Annual report on the health of the army in India
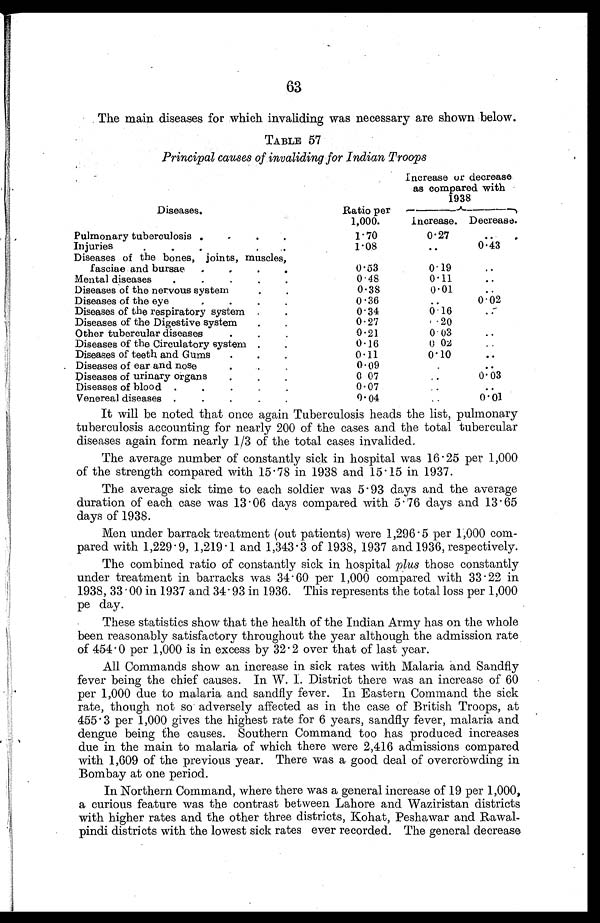
63
The main diseases for which invaliding was necessary are shown below.
TABLE 57
Principal causes of invaliding for Indian Troops
Increase or decrease
as compared with
1938
Diseases.
Ratio per
1,000.
Increase. Decrease.
Pulmonary tuberculosis .
.
.
.
1.70
0.27
. .
Injuries
.
.
.
.
.
.
1.08
. . 0.43
Diseases of the bones, joints, muscles,
fasciae and bursae .
.
.
.
0.53
0.19
. .
Mental diseases .
.
.
.
.
0.48
0.11
..
Diseases of the nervous system
.
.
0.38
0.01
. .
Diseases of the eye
.
.
.
.
0.36
..
0.02
Diseases of the respiratory system .
.
0.34
0.16
. .
Diseases of the Digestive system
.
.
0.27
. 2 0
Other tubercular disease
.
.
.
0 . 21
0.03
..
Diseases of the Circulatory system .
.
0.16
0 02 ..
Diseases of teeth and Gums
.
.
.
0.11
0.10
. .
Diseases of ear and nose
.
.
.
0.09
.
. .
Diseases of urinary organs
.
.
.
0 07
..
0.03
Diseases of blood .
.
. .
.
0.07
..
..
Venereal diseases.
.
.
. .
0.04
..
0.01
It will be noted that once again Tuberculosis heads the list, pulmonary
tuberculosis accounting for nearly 200 of the cases and the total tubercular
diseases again form nearly 1/3 of the total cases invalided.
The average number of constantly sick in hospital was 16 . 25 per 1,000
of the strength compared with 15.78 in 1938 and 15.15 in 1937.
The average sick time to each soldier was 5.93 days and the average
duration of each case was 13.06 days compared with 5.76 days and 13.65
days of 1938.
Men under barrack treatment (out patients) were 1,296.5 per 1,000 com-
pared with 1,229.9, 1,219.1 and 1,343.3 of 1938, 1937 and 1936, respectively.
The combined ratio of constantly sick in hospital plus those constantly
under treatment in barracks was 34.60 per 1,000 compared with 33.22 in
1938, 33.00 in 1937 and 34.93 in 1936. This represents the total loss per 1,000
pe day.
•
These statistics show that the health of the Indian Army has on the whole
been reasonably satisfactory throughout the year although the admission rate
of 454.0 per 1,000 is in excess by 32.2 over that of last year.
All Commands show an increase in sick rates with Malaria and Sandfly
fever being the chief causes. In W. I. District there was an increase of 60
per 1,000 due to malaria and sandfly fever. In Eastern Command the sick
rate, though not so adversely affected as in the case of British Troops, at
455.3 per 1,000 gives the highest rate for 6 years, sandfly fever, malaria and
dengue being the causes. Southern Command too has produced increases
due in the main to malaria of which there were 2,416 admissions compared
with 1,609 of the previous year. There was a good deal of overcrowding in
Bombay at one period.
In Northern Command, where there was a general increase of 19 per 1,000,
a curious feature was the contrast between Lahore and Waziristan districts
with higher rates and the other three districts, Kohat, Peshawar and Rawal-
pindi districts with the lowest sick rates ever recorded. The general decrease